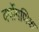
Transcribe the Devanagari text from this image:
वर्षोगणिक